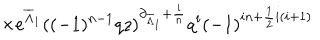
\hspace { 1 . 7 5 i n } \times e ^ { \overline { { { \Lambda } } } _ { 1 } } ( ( - 1 ) ^ { n - 1 } q z ) ^ { \partial _ { \overline { { { \Lambda } } } _ { 1 } } + \frac { i } { n } } q ^ { i } ( - 1 ) ^ { i n + \frac { 1 } { 2 } i ( i + 1 ) }